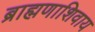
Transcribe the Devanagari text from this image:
ब्राह्मणाशिवाय